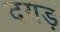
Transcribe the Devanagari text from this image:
दगड़